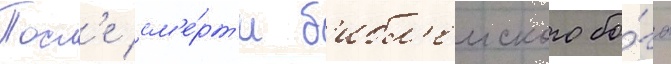
Посл'е см'е́рт'и б'ибл'еиского бо́га